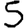
Digit: 5